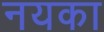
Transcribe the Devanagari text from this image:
नयका